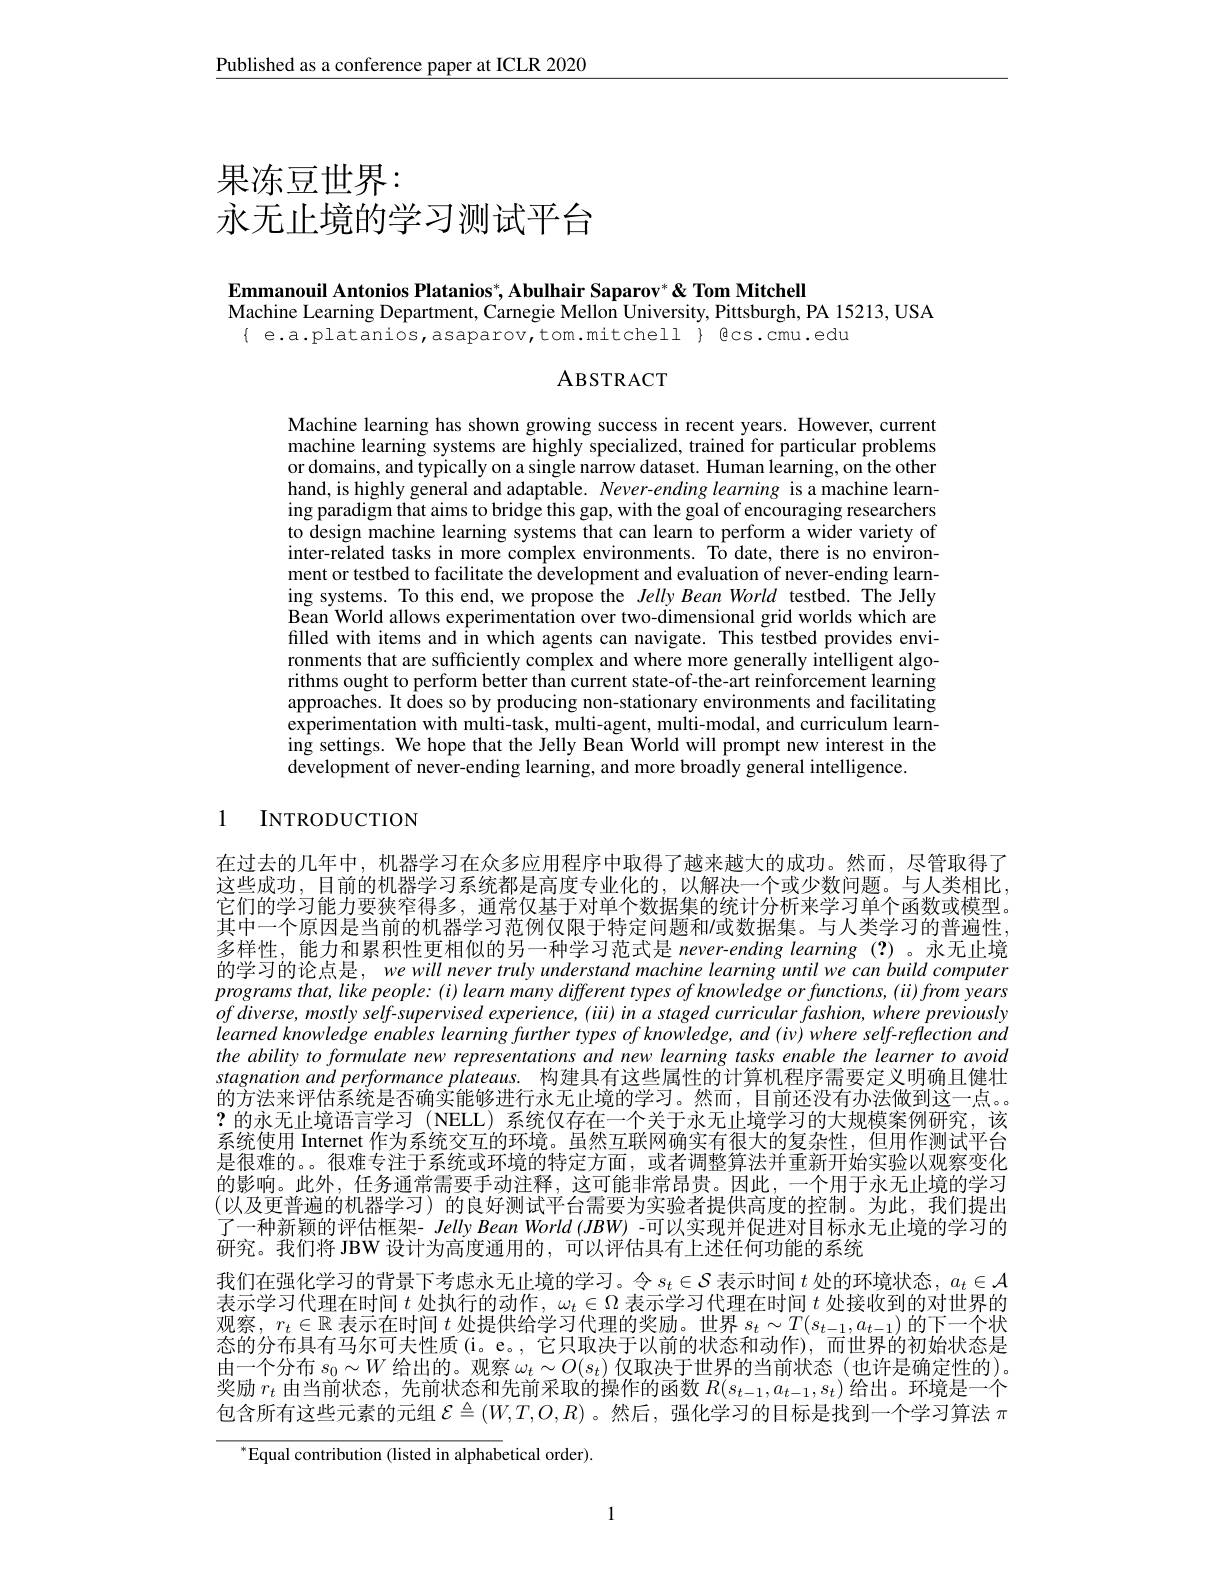
$\underline{\text{Published as a conference paper at ICLR 2020}}$

# 果冻豆世界： 永无止境的学习测试平台

$\textbf{Emmanouil Antonios Platanios}^* , \textbf{Abulhair Saparov}^* \& \textbf{ Tom Mitchell}$
Machine Learning Department, Carnegie Mellon University, Pittsburgh, PA 15213, USA
$\{$ e.a.platanios,asaparov,tom.mitchel $\}$ Ecs.cmu.edu

ABSTRACT

Machine learning has shown growing success in recent years. However, current machine learning systems are highly specialized, trained for particular problems or domains, and typically on a single narrow dataset. Human learning, on the other hand, is highly general and adaptable. $Never- ending\textit{learning is a machine learn- }$ ing paradigm that aims to bridge this gap, with the goal of encouraging researchers to design machine learning systems that can learn to perform a wider variety of inter-related tasks in more complex environments. To date, there is no environment or testbed to facilitate the development and evaluation of never-ending learning systems. To this end, we propose the Jelly Bean World testbed. The Jelly Bean World allows experimentation over two-dimensional grid worlds which are filled with items and in which agents can navigate. This testbed provides environments that are sufficiently complex and where more generally intelligent algorithms ought to perform better than current state-of-the-art reinforcement learning approaches. It does so by producing non-stationary environments and facilitating experimentation with multi-task, multi-agent, multi-modal, and curriculum learning settings. We hope that the Jelly Bean World will prompt new interest in the development of never-ending learning, and more broadly general intelligence.

# 1 INTRODUCTION

在过去的几年中，机器学习在众多应用程序中取得了越来越大的成功。然而，尽管取得了这些成功，目前的机器学习系统都是高度专业化的，以解决一个或少数问题。与人类相比它们的学习能力要狭窄得多，通常仅基于对单个数据集的统计分析来学习单个函数或模型。其中一个原因是当前的机器学习范例仅限于特定问题和/或数据集。与人类学习的普遍性多样性，能力和累积性更相似的另一种学习范式是 never-ending learning(?)。永无止境的学习的论点是，we will never truly understand machine learning until we can build computer $programsthat,likepeople:(i)learnmanydifferenttypesofknowledgeorfunctions,(ii)fromyears$ $of$ diverse, mostly self-supervised experience, (iii) in a staged curricular fashion, where previously learned knowledge enables learning further types of knowledge, and (iv) where self-reflection and the ability to formulate new representations and new learning tasks enable the learner to avoid stagnationand performance plateaus. 构建具有这些属性的计算机程序需要定义明确且健壮的方法来评估系统是否确实能够进行永无止境的学习。然而，目前还没有办法做到这一点。?的永无止境语言学习 (NELL)系统仅存在一个关于永无止境学习的大规模案例研究，该系统使用 Internet 作为系统交互的环境。虽然互联网确实有很大的复杂性，但用作测试平台是很难的。。很难专注于系统或环境的特定方面，或者调整算法并重新开始实验以观察变化的影响。此外，任务通常需要手动注释，这可能非常昂贵。因此，一个用于永无止境的学习(以及更普遍的机器学习) 的良好测试平台需要为实验者提供高度的控制。为此，我们提出了一种新颖的评估框架- Jelly Bean World (JBW) -可以实现并促进对目标永无止境的学习的研究。我们将 JBW 设计为高度通用的，可以评估具有上述任何功能的系统
我们在强化学习的背景下考虑永无止境的学习。令$s_t\in\mathcal{S}$表示时间$t$处的环境状态，$a_t\in\mathcal{A}$ 表示学习代理在时间$t$处执行的动作，$\omega_t\in\Omega$表示学习代理在时间$t$处接收到的对世界的观察，$r_t\in\mathbb{R}$表示在时间$t$处提供给学习代理的奖励。世界$s_t\sim T(s_{t-1},a_{t-1})$的下一个状太的八在目右刀尔可土州岳$G_\text{完口的为王小前的性态和动作})$而世国的初始此本目由一个分布$s_0\sim W$给出的。观察$\omega_t\sim O(s_t)$仅取决于世界的当前状态 (也许是确定性的)。奖励$r_t$由当前状态，先前状态和先前采取的操作的函数$R(s_{t-1},a_{t-1},s_{t})$给出。环境是一个包含所有这些元素的元组$\mathcal{E}\triangleq(W,T,O,R)$ 。然后，强化学习的目标是找到一个学习算法 $\pi$

$^{*}$Equal contribution (listed in alphabetical order).